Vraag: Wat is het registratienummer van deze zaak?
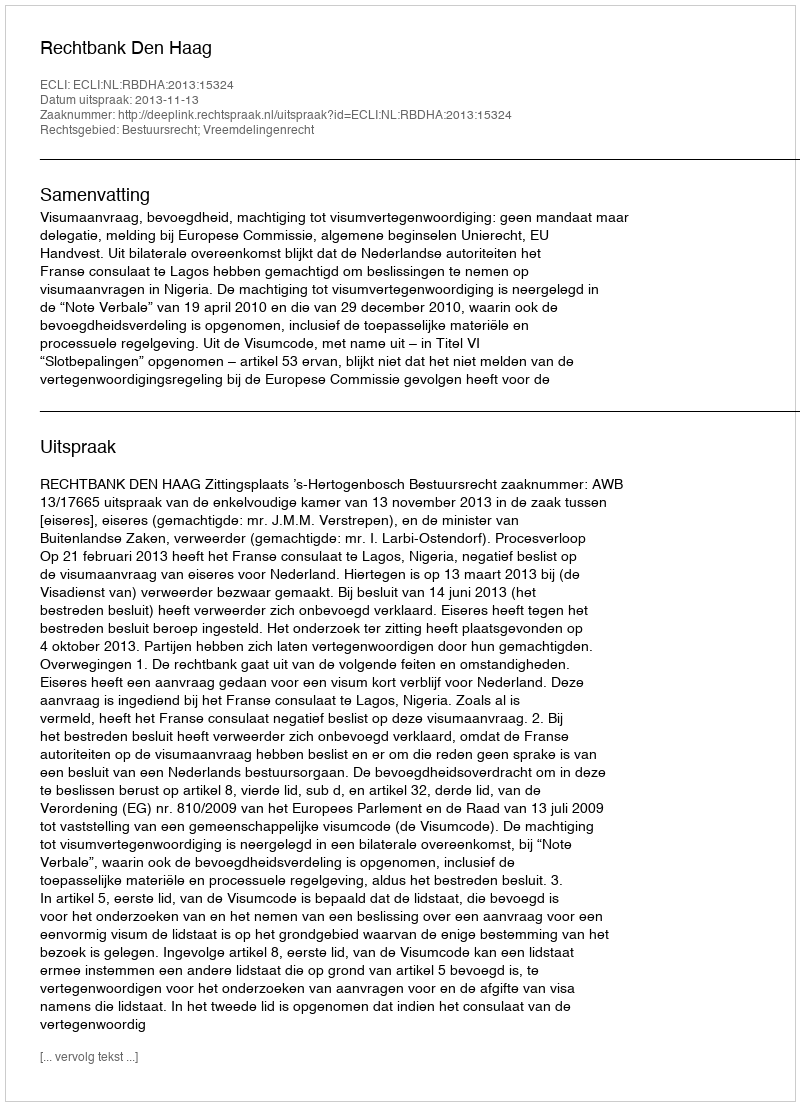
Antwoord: http://deeplink.rechtspraak.nl/uitspraak?id=ECLI:NL:RBDHA:2013:15324